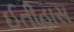
ઈતીહાસ